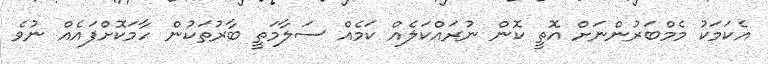
އެކަމަކު މެމްބަރުންނަށް އޮތީ ކޮން ނުރައްކަލެއް ކަމެއް ސަލާމަތީ ބާރުތަކުން ހާމަކޮށްފައެއް ނުވެ